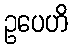
ဥပေဟိ